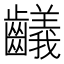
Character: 𪙴